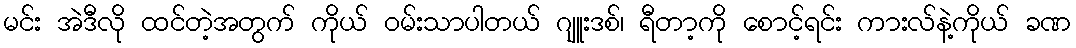
မင်း အဲဒီလို ထင်တဲ့အတွက် ကိုယ် ဝမ်းသာပါတယ် ဂျူးဒစ်၊ ရီတာ့ကို စောင့်ရင်း ကားလ်နဲ့ကိုယ် ခဏ